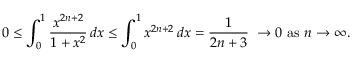
0 \leq \int _ { 0 } ^ { 1 } { \frac { x ^ { 2 n + 2 } } { 1 + x ^ { 2 } } } \, d x \leq \int _ { 0 } ^ { 1 } x ^ { 2 n + 2 } \, d x = { \frac { 1 } { 2 n + 3 } } \; \rightarrow 0 { \mathrm { ~ a s ~ } } n \rightarrow \infty .